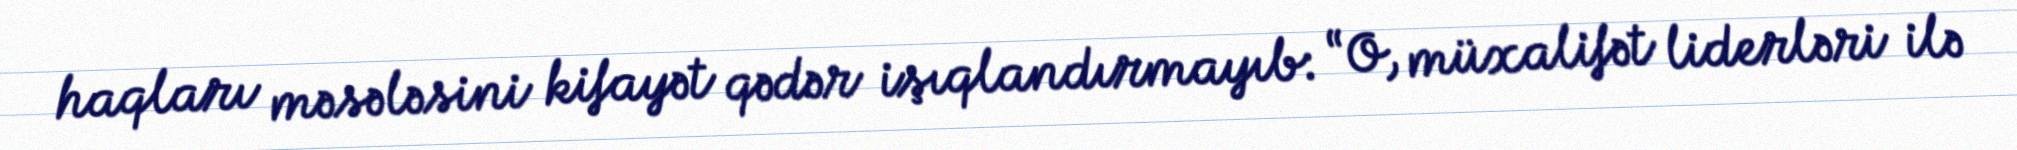
haqları məsələsini kifayət qədər işıqlandırmayıb: “O, müxalifət liderləri ilə